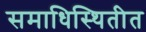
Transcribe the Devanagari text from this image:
समाधिस्थितीत